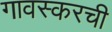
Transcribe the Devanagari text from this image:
गावस्करची